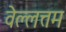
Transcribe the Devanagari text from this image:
वेल्लत्तम